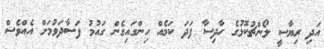
އަދި ރިޔާސީ ލޯންޗުކޮޅުގެ ހާދިސާ ފަދަ ކަމެއް ހިންގައިގެން ގައުމު ފަސާދަވުމަށް އެއްވެސް